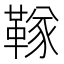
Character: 𬰧